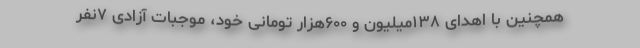
همچنین با اهدای ۱۳۸میلیون و ۶۰۰هزار تومانی خود، موجبات آزادی ۷نفر